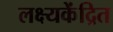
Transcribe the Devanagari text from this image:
लक्ष्यकेंद्रित